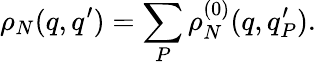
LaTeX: \rho_{N}(q,q^{\prime})=\sum_{P}\rho_{N}^{(0)}(q,q_{P}^{\prime}).